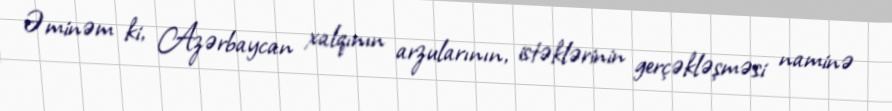
Əminəm ki, Azərbaycan xalqının arzularının, istəklərinin gerçəkləşməsi naminə